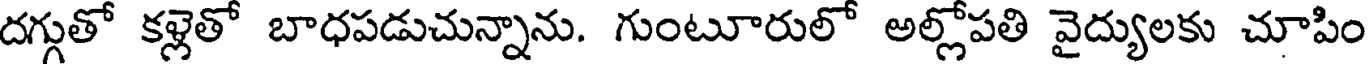
దగ్గుతో కళ్లెతో బాధపడుచున్నాను. గుంటూరులో అల్లోపతి వైద్యులకు చూపిం